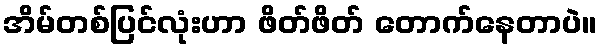
အိမ်တစ်ပြင်လုံးဟာ ဖိတ်ဖိတ် တောက်နေတာပဲ။